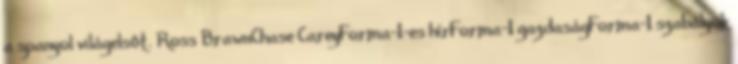
a spanyol világelsőt. Ross BrawnChase CareyForma-1-es hírForma-1 gazdaságForma-1 szabályok